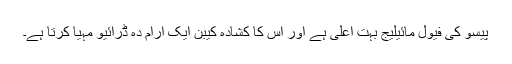
پیسو کی فیول مائیلیج بہت اعلی ہے اور اس کا کشادہ کیبن ایک آرام دہ ڈرائیو مہیا کرتا ہے۔